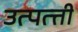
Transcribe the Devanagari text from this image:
उत्पत्त्ती